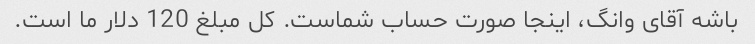
باشه آقای وانگ، اینجا صورت حساب شماست. کل مبلغ 120 دلار ما است.